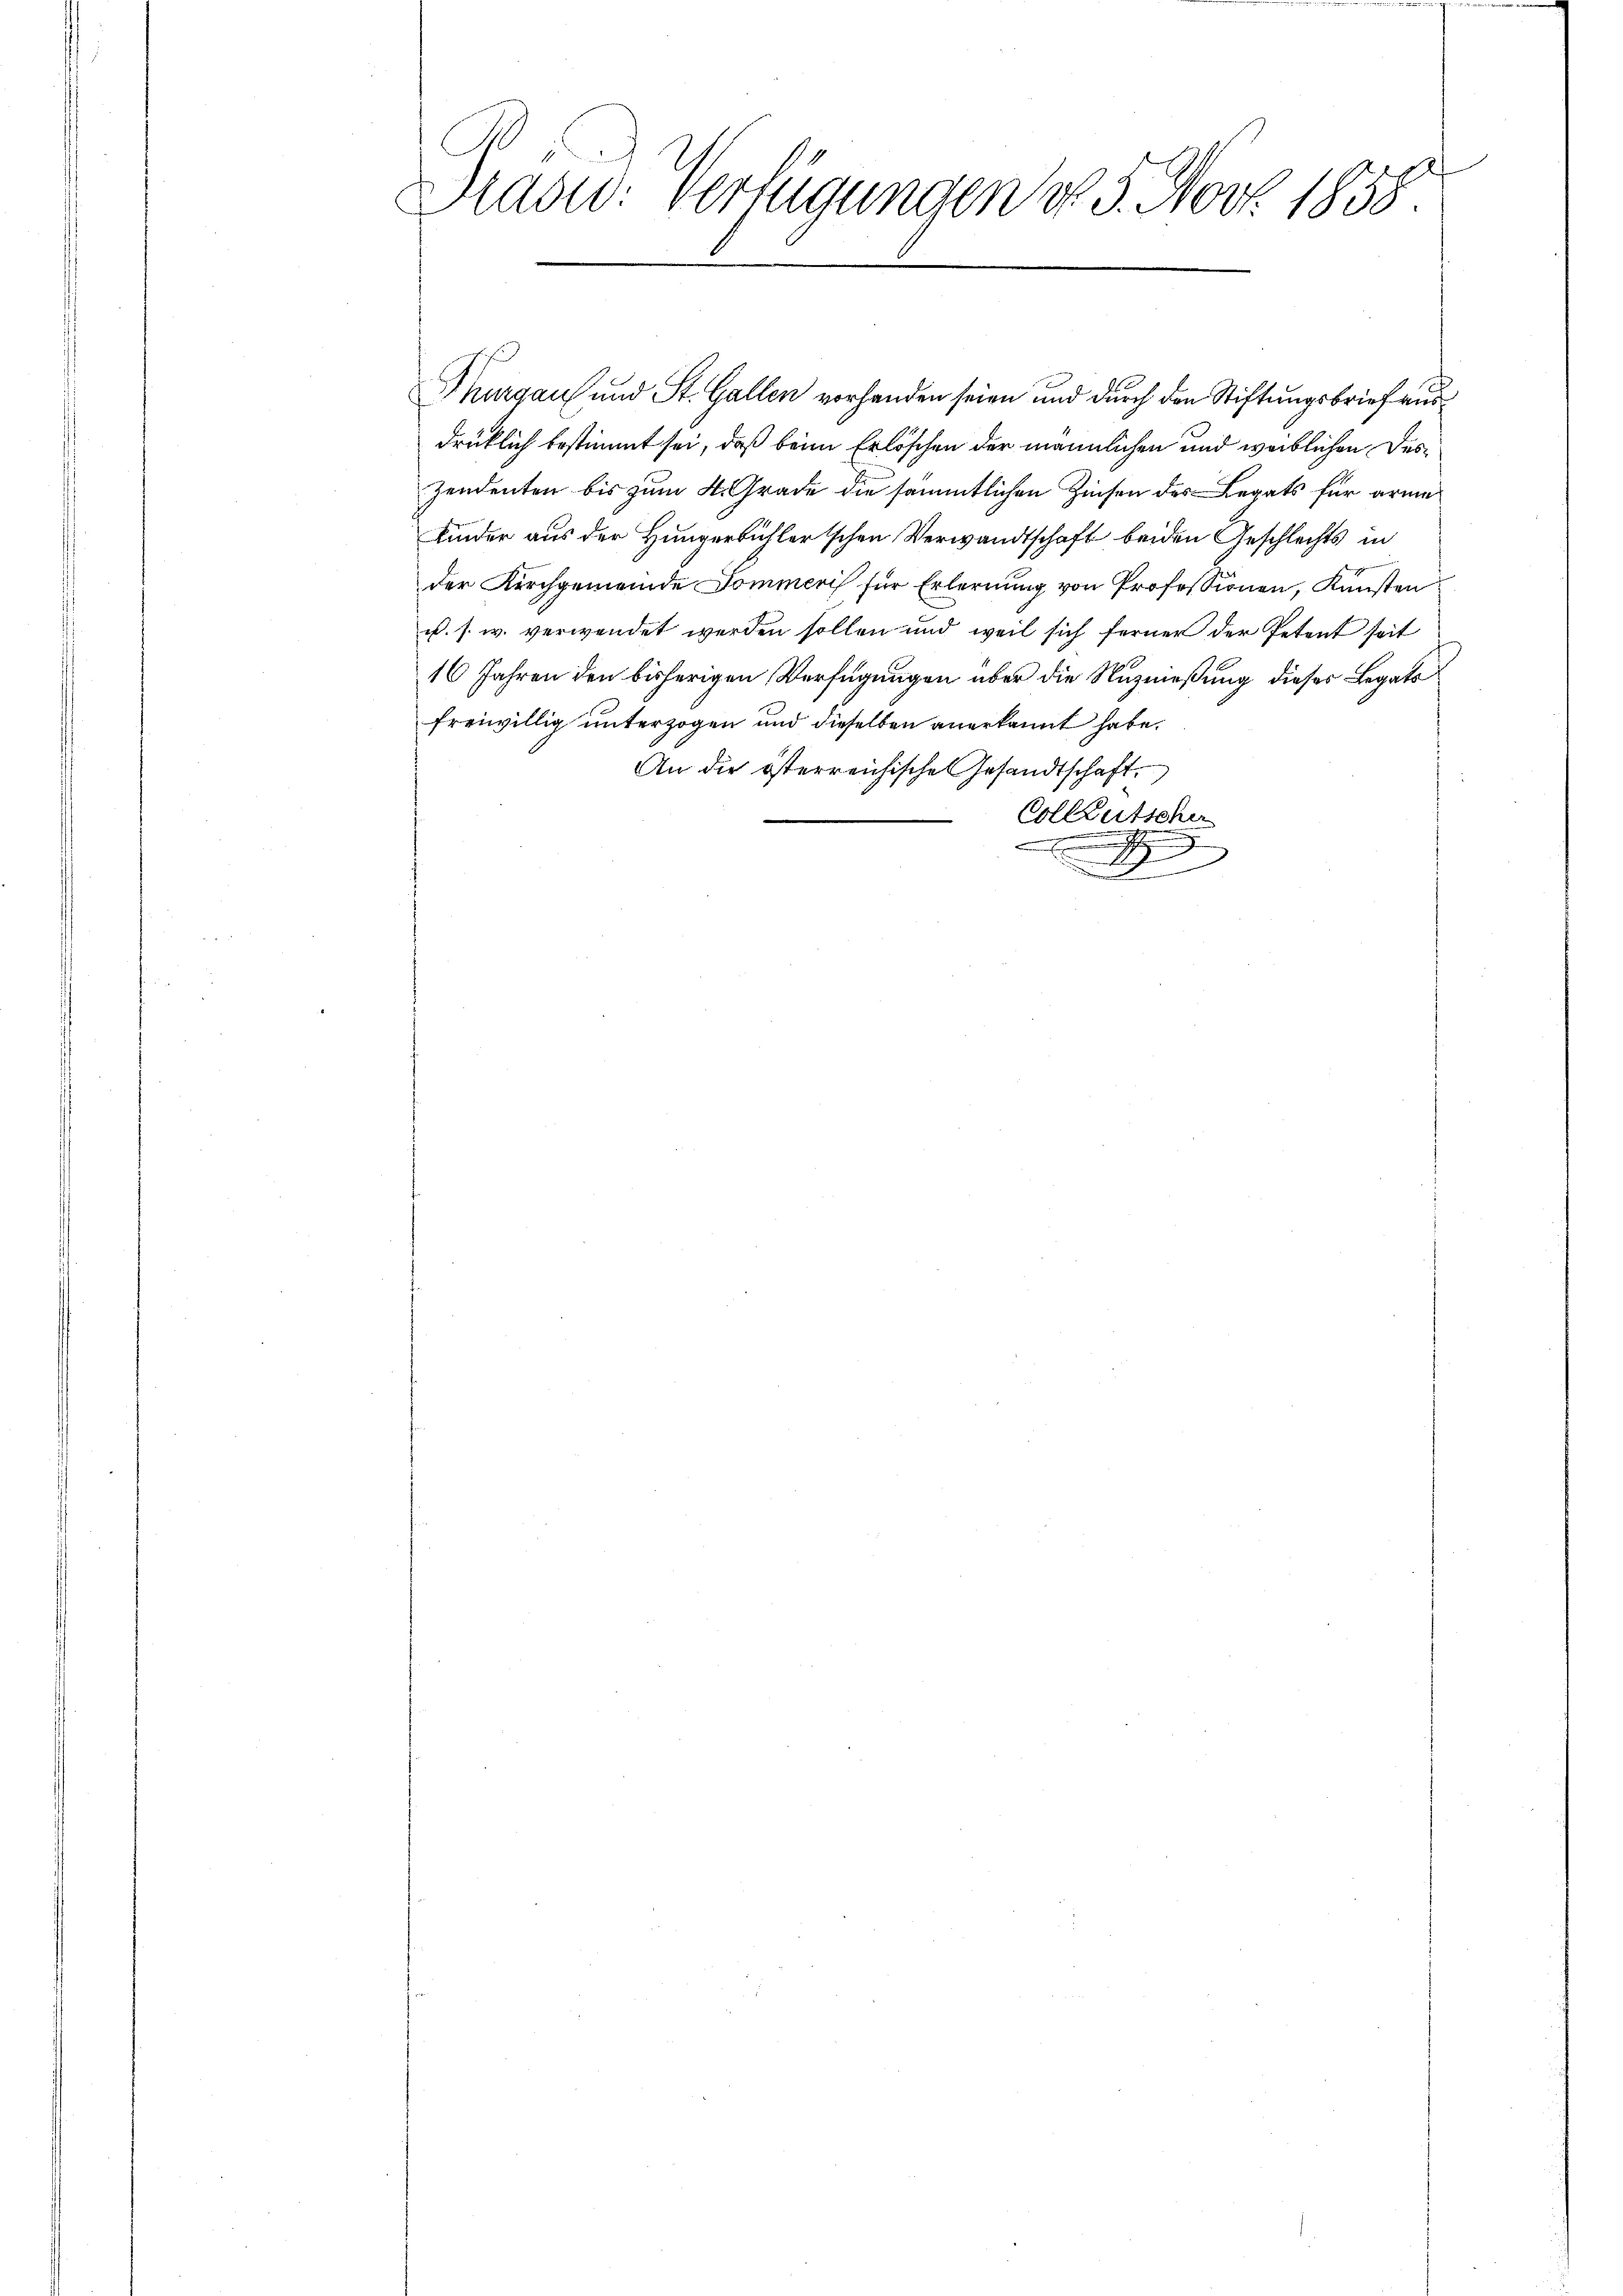
h
s
Mad: Verfügungen d. 5. Nov. 1858.

Thurgau und St. Gallen vorhanden seien und durch den Stiftungsbrief ausdrüklich bestimmt sei, daß beim Erlöschen der männlichen und weiblichen Des¬
Zendenten bis zum 4. Grade die sämmtlichen Zinsen des Legats für arme
Kinder aus der Hungerbühler'schen Verwandtschaft beiden Geschlechts in
der Kirchgemeinde Sommeris für Erlernung von Professionen, Kunsten
u. s. w. verwendet werden sollen und weil sich ferner der Petent seit
16 Jahren den bisherigen Verfügungen über die Nuzmeßung dieses Legats
freiwillig unterzogen und dieselben anerkannt habe.
An die österreichische Gesandtschaft.
Collausscher
.
z
d